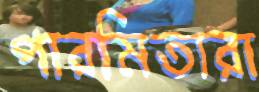
পারমিতারা